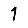
Digit: 1